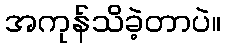
အကုန်သိခဲ့တာပဲ။